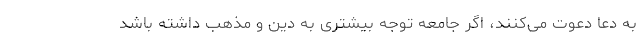
به دعا دعوت می‌کنند، اگر جامعه توجه بیشتری به دین و مذهب داشته باشد